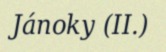
Jánoky (II.)